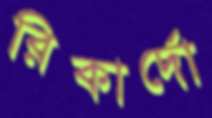
রিকার্দো